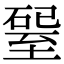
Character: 𥔊